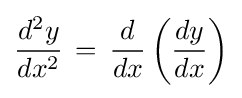
{\frac {d^{2}y}{dx^{2}}}\,=\,{\frac {d}{dx}}\left({\frac {dy}{dx}}\right)